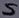
Text: S